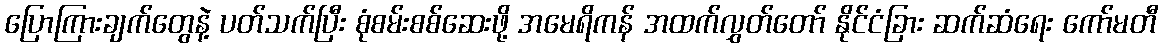
ပြောကြားချက်တွေနဲ့ ပတ်သက်ပြီး စုံစမ်းစစ်ဆေးဖို့ အမေရိကန် အထက်လွှတ်တော် နိုင်ငံခြား ဆက်ဆံရေး ကော်မတီ